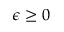
\epsilon \geq 0